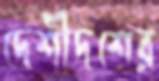
দেশীদশের